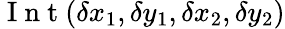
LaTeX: \mathrm{~I~n~t~}(\delta x_{1},\delta y_{1},\delta x_{2},\delta y_{2})